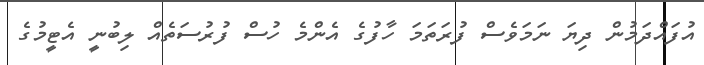
އުފައްދަމުން ދިޔަ ނަމަވެސް ފުރަތަމަ ހާފުގެ އެންމެ ހުސް ފުރުސަތެއް ލިބުނީ އެޓީމުގެ